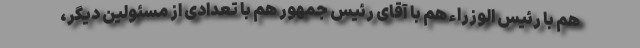
هم با رئیس الوزراء هم با آقای رئیس جمهور هم با تعدادی از مسئولین دیگر،